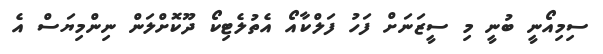
ސިމިއޯނީ ބުނީ މި ސީޒަނަށް ފަހު ފަލްކާއޯ އެތުލެޓިކޯ ދޫކޮށްލަން ނިންމިޔަސް އެ